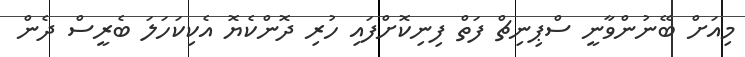
މިއަށް ބޭނުންވާނީ ސްޕިނިޗް ފަތް ފިނިކޮށްފައި ހުރި ދޮންކެޔޮ އެކިކަހަލަ ބެރީސް ދެން